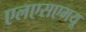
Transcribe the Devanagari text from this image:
एलएसएमयू